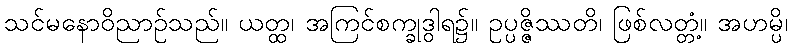
သင်မနောဝိညာဉ်သည်။ ယတ္ထ၊ အကြင်စက္ခုဒွါရ၌။ ဥပ္ပဇ္ဇိဿတိ၊ ဖြစ်လတ္တံ့။ အဟမ္ပိ၊